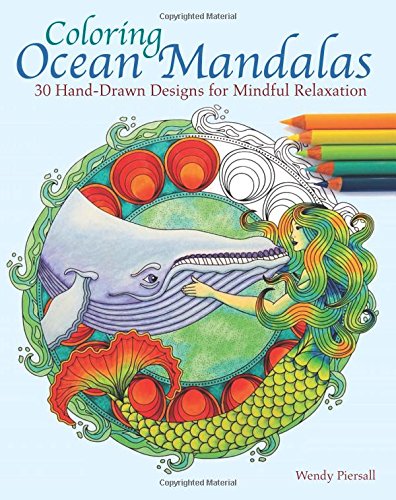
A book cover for Coloring Ocean Mandalas: 30 Hand-Drawn Designs for Mindful Relaxation; Wendy Piersall; Humor & Entertainment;